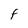
Character: F